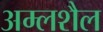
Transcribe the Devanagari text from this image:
अम्लशैल